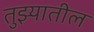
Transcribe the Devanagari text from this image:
तुझ्यातील